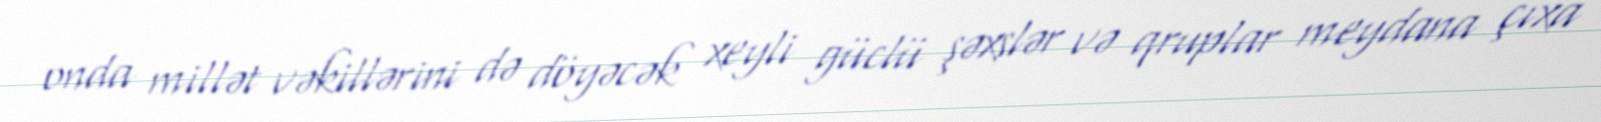
onda millət vəkillərini də döyəcək xeyli güclü şəxslər və qruplar meydana çıxa